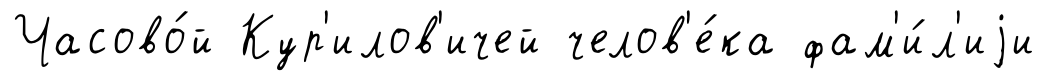
Часово́й Кур'илов'ичей челов'е́ка фам'и́л'иjи